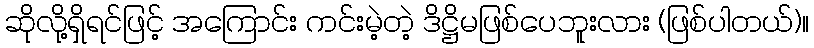
ဆိုလို့ရှိရင်ဖြင့် အကြောင်း ကင်းမဲ့တဲ့ ဒိဋ္ဌိမဖြစ်ပေဘူးလား (ဖြစ်ပါတယ်)။